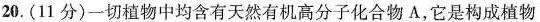
20.(11分)一切植物中均含有天然有机高分子化合物A，它是构成植物